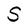
Character: S